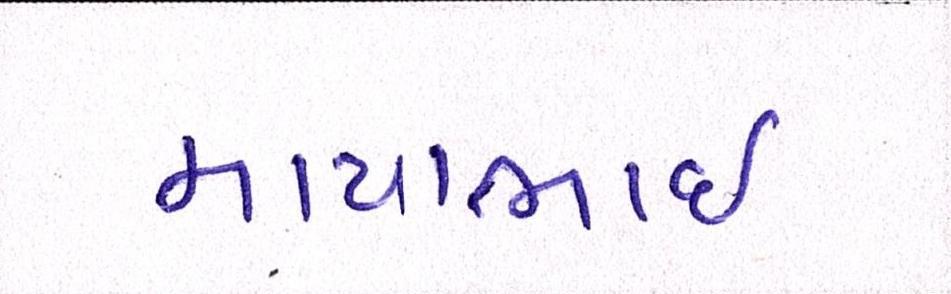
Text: માયાભાઇ